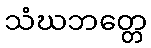
သံဃဘတ္တေ